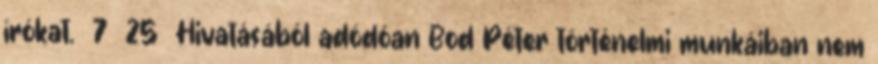
írókat. 7 25 Hivatásából adódóan Bod Péter történelmi munkáiban nem